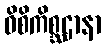
ဝိစိကိစ္ဆဌာနာ